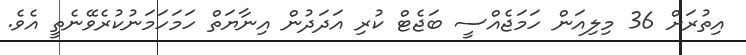
އިތުރަށް 36 މިލިއަން ހަމަޖެއްސީ ބަޖެޓް ކުރި އަދަދުން އިނާޔަތް ހަމަހަމަނުކުރެވޭނެތީ އެވެ.